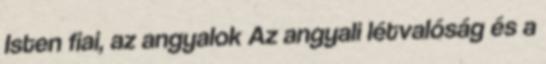
Isten fiai, az angyalok Az angyali létvalóság és a